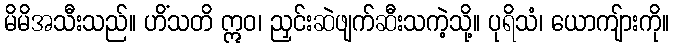
မိမိအသီးသည်။ ဟိံသတိ ဣဝ၊ ညှင်းဆဲဖျက်ဆီးသကဲ့သို့။ ပုရိသံ၊ ယောကျ်ားကို။